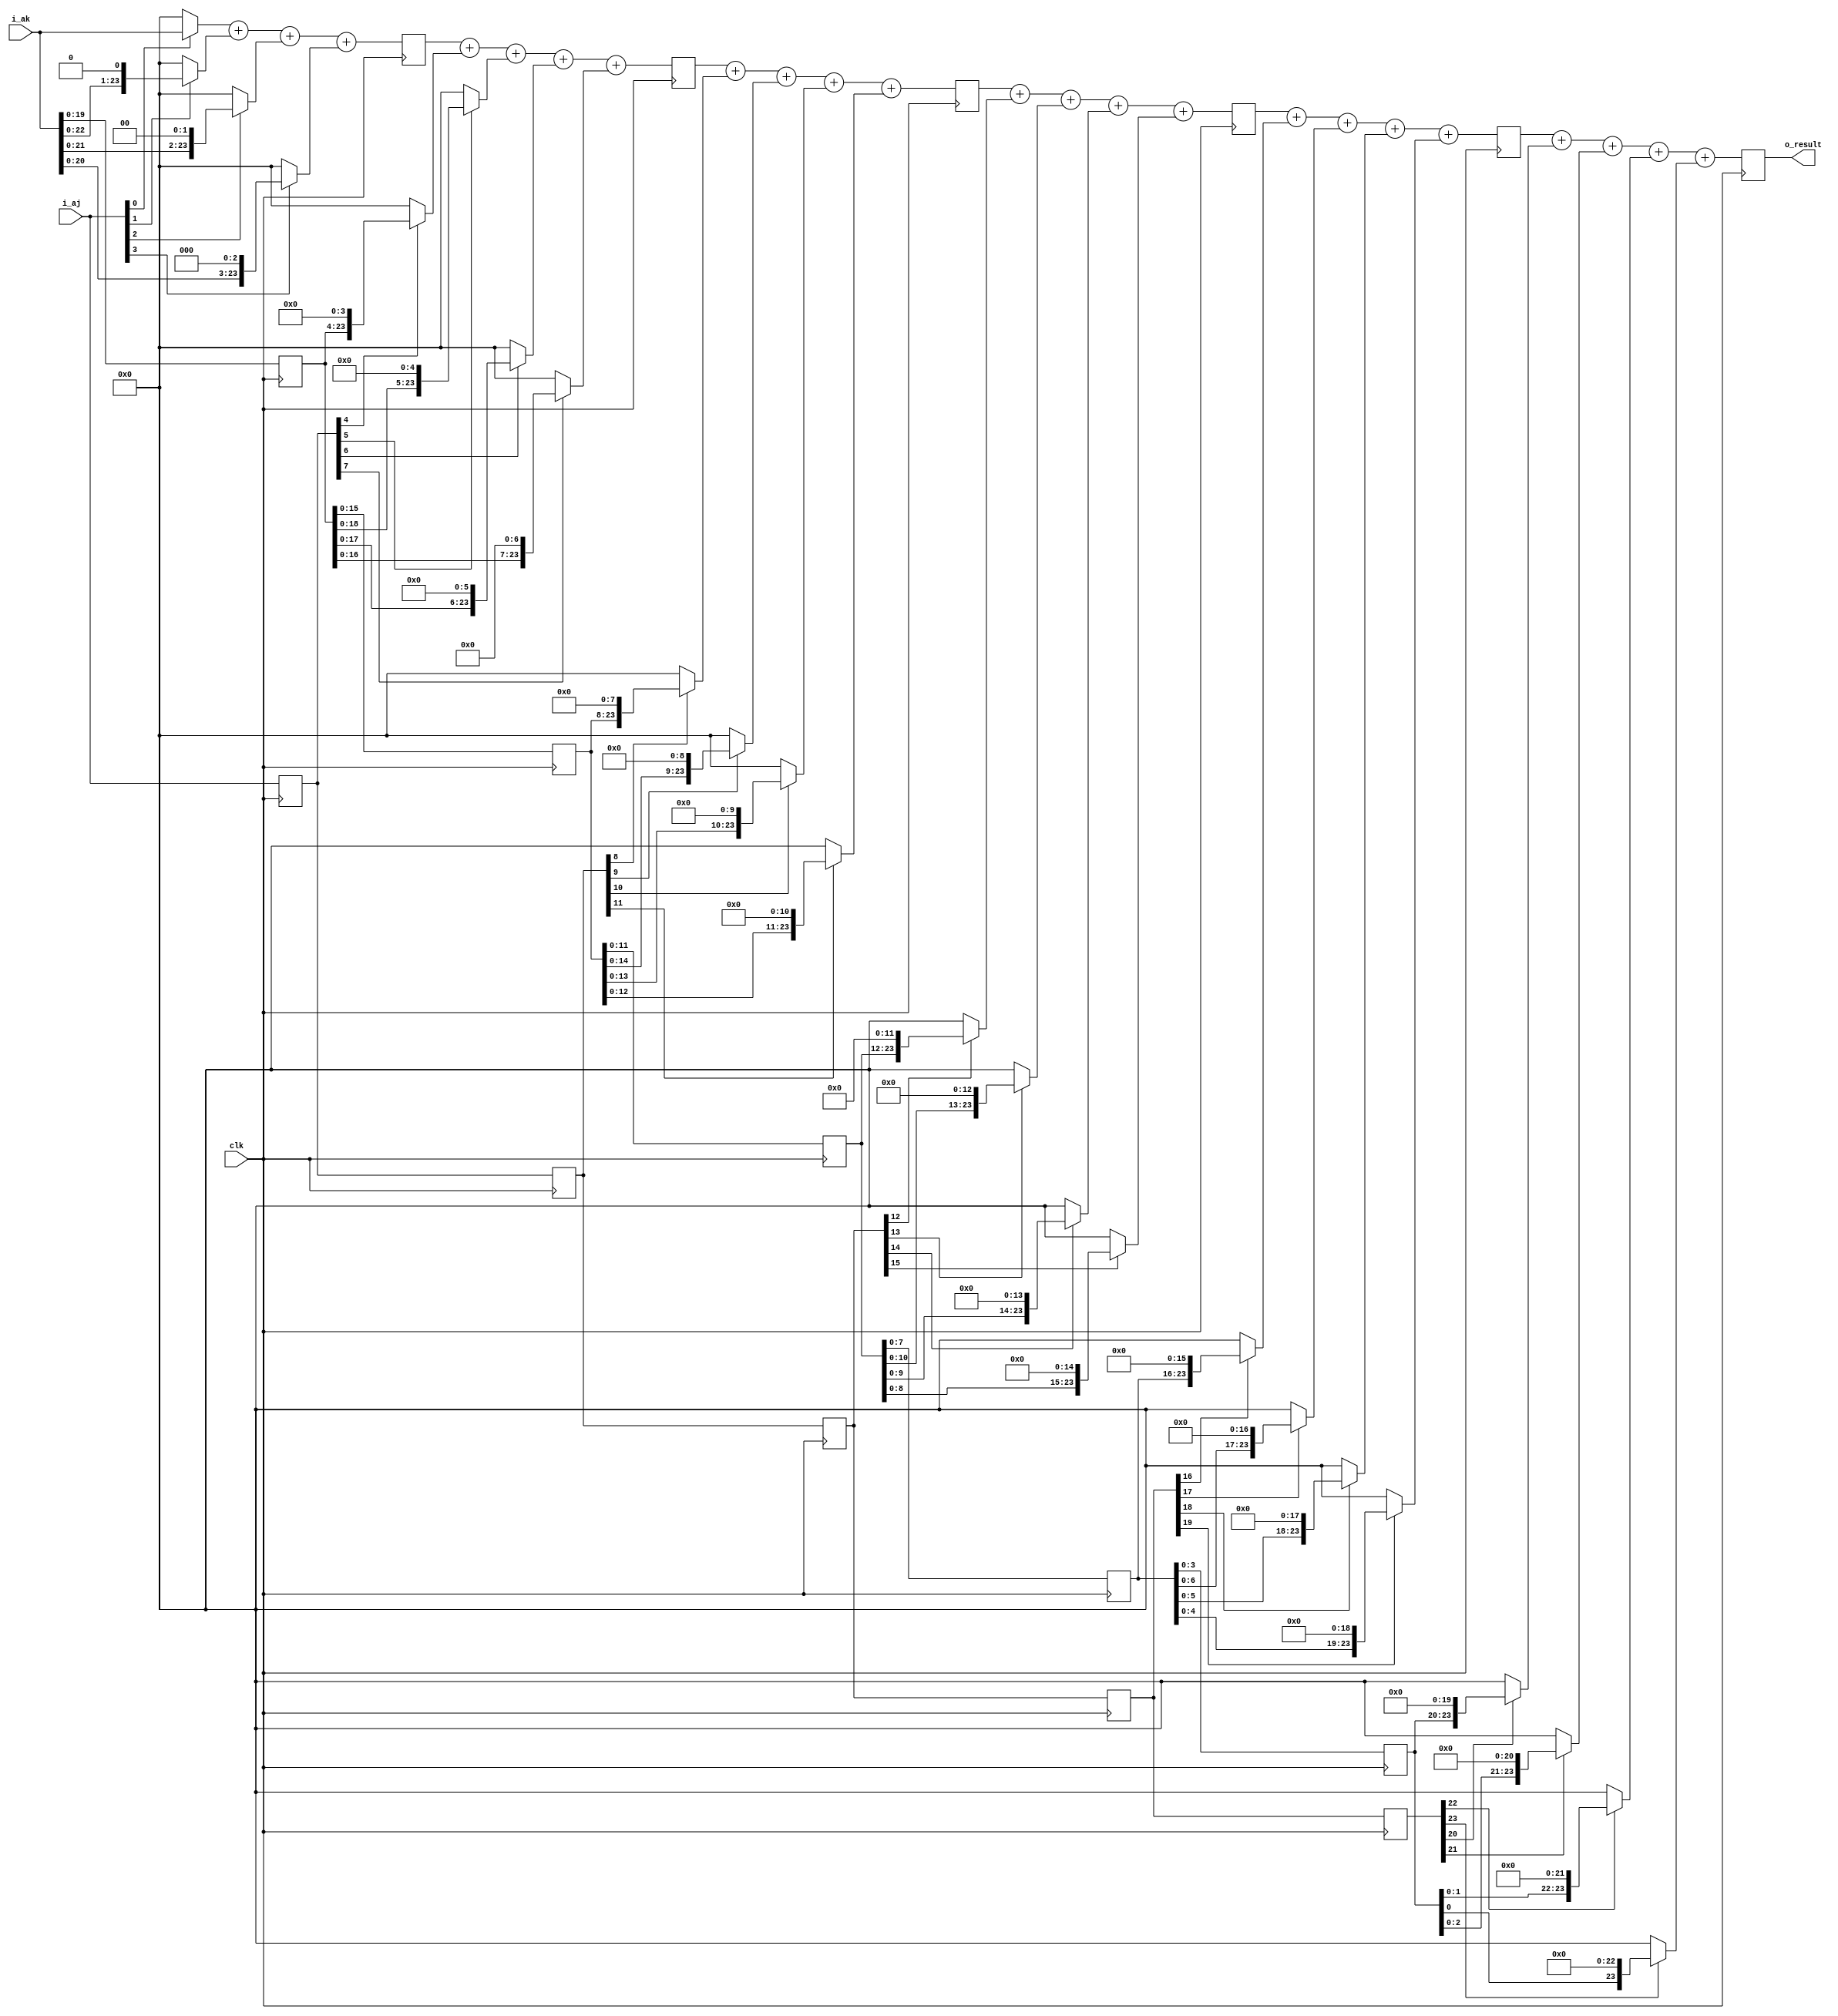
//******************************************
//       ADDRESS Multiply UNIT
//******************************************
//
//It takes 6 time units to produce a 24-bit result. No overflow is detected.
//If I add 4 partial products per cycle, it should work fine.

module addr_mult(i_aj, i_ak, clk, o_result);


input wire clk;
input wire [23:0] i_aj;
input wire [23:0] i_ak;

output reg [23:0] o_result;

reg [23:0] aj_0;
reg [23:0] ak_0;
reg [23:0] aj_1;
reg [23:0] ak_1;
reg [23:0] aj_2;
reg [23:0] ak_2;
reg [23:0] aj_3;
reg [23:0] ak_3;
reg [23:0] aj_4;
reg [23:0] ak_4;

reg [23:0] temp0;
reg [23:0] temp1;
reg [23:0] temp2;
reg [23:0] temp3;
reg [23:0] temp4;

wire [23:0] PP0;
wire [23:0] PP1;
wire [23:0] PP2;
wire [23:0] PP3;
wire [23:0] PP4;
wire [23:0] PP5;
wire [23:0] PP6;
wire [23:0] PP7;
wire [23:0] PP8;
wire [23:0] PP9;
wire [23:0] PP10;
wire [23:0] PP11;
wire [23:0] PP12;
wire [23:0] PP13;
wire [23:0] PP14;
wire [23:0] PP15;
wire [23:0] PP16;
wire [23:0] PP17;
wire [23:0] PP18;
wire [23:0] PP19;
wire [23:0] PP20;
wire [23:0] PP21;
wire [23:0] PP22;
wire [23:0] PP23;


assign PP0 = i_aj[0] ? i_ak[23:0] : 24'b0;
assign PP1 = PP0 + (i_aj[1] ? (i_ak[23:0] << 1) : 24'b0);
assign PP2 = PP1 + (i_aj[2] ? (i_ak[23:0] << 2) : 24'b0);
assign PP3 = PP2 + (i_aj[3] ? (i_ak[23:0] << 3) : 24'b0);
/*
assign PP3 = i_ak * i_aj[3:0];
*/
assign PP4 = temp0[23:0] + (aj_0[4] ? (ak_0[23:0] << 4) : 24'b0);
assign PP5 = PP4 + (aj_0[5] ? (ak_0[23:0] << 5) : 24'b0);
assign PP6 = PP5 + (aj_0[6] ? (ak_0[23:0] << 6) : 24'b0);
assign PP7 = PP6 + (aj_0[7] ? (ak_0[23:0] << 7) : 24'b0);
/*
assign PP7 = temp0 + ((ak_0 << 4) * aj_0[7:4]);
*/

assign PP8 = temp1[23:0] + (aj_1[8] ? (ak_1[23:0] << 8) : 24'b0);
assign PP9 = PP8 + (aj_1[9] ? (ak_1[23:0] << 9) : 24'b0);
assign PP10 = PP9 + (aj_1[10] ? (ak_1[23:0] << 10) : 24'b0);
assign PP11 = PP10 + (aj_1[11] ? (ak_1[23:0] << 11) : 24'b0);

//assign PP11 = temp1 + ((ak_1 << 8) * aj_1[11:8]);


assign PP12 = temp2[23:0] + (aj_2[12] ? (ak_2[23:0] << 12) : 24'b0);
assign PP13 = PP12 + (aj_2[13] ? (ak_2[23:0] << 13) : 24'b0);
assign PP14 = PP13 + (aj_2[14] ? (ak_2[23:0] << 14) : 24'b0);
assign PP15 = PP14 + (aj_2[15] ? (ak_2[23:0] << 15) : 24'b0);

//assign PP15 = temp2 + ((ak_2 << 12) * aj_2[15:12]);


assign PP16 = temp3[23:0] + (aj_3[16] ? (ak_3[23:0] << 16) : 24'b0);
assign PP17 = PP16 + (aj_3[17] ? (ak_3[23:0] << 17) : 24'b0);
assign PP18 = PP17 + (aj_3[18] ? (ak_3[23:0] << 18) : 24'b0);
assign PP19 = PP18 + (aj_3[19] ? (ak_3[23:0] << 19) : 24'b0);

//assign PP19 = temp3 + ((ak_3 << 16) * aj_3[19:16]);

assign PP20 = temp4[23:0] + (aj_4[20] ? (ak_4[23:0] << 20) : 24'b0);
assign PP21 = PP20 + (aj_4[21] ? (ak_4[23:0] << 21) : 24'b0);
assign PP22 = PP21 + (aj_4[22] ? (ak_4[23:0] << 22) : 24'b0);
assign PP23 = PP22 + (aj_4[23] ? (ak_4[23:0] << 23) : 24'b0);

//assign PP23 = temp4 + ((ak_4 << 20) * aj_4[23:20]);

always@(posedge clk)
begin
	ak_0 <= i_ak;
	ak_1 <= ak_0;
	ak_2 <= ak_1;
	ak_3 <= ak_2;
	ak_4 <= ak_3;
	aj_0 <= i_aj;
	aj_1 <= aj_0;
	aj_2 <= aj_1;
	aj_3 <= aj_2;
	aj_4 <= aj_3;
	
   temp0    <= PP3;
   temp1    <= PP7;
   temp2    <= PP11;
   temp3    <= PP15;
   temp4    <= PP19;
   o_result <= PP23;
end



endmodule